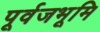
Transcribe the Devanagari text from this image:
पूर्वजभूमि